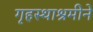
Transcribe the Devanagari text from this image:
गृहस्थाश्रमीने